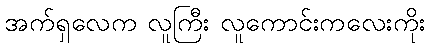
အက်ရှလေက လူကြီး လူကောင်းကလေးကိုး